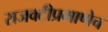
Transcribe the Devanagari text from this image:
राजवटीप्रमाणेच